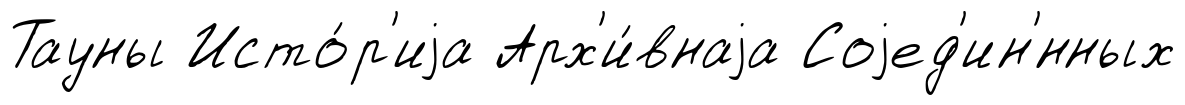
Тауны Исто́р'иjа Арх'и́внаjа Соjед'ин'́нных